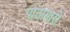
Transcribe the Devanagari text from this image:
पाठामारी